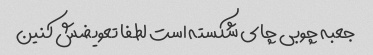
جعبه چوبی چای شکسته است لطفا تعویضش کنین